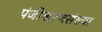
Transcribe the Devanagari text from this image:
पंजीकरणसंख्या